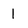
Character: 1